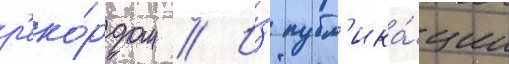
р'еко́рдом // И́з публ'ика́ции